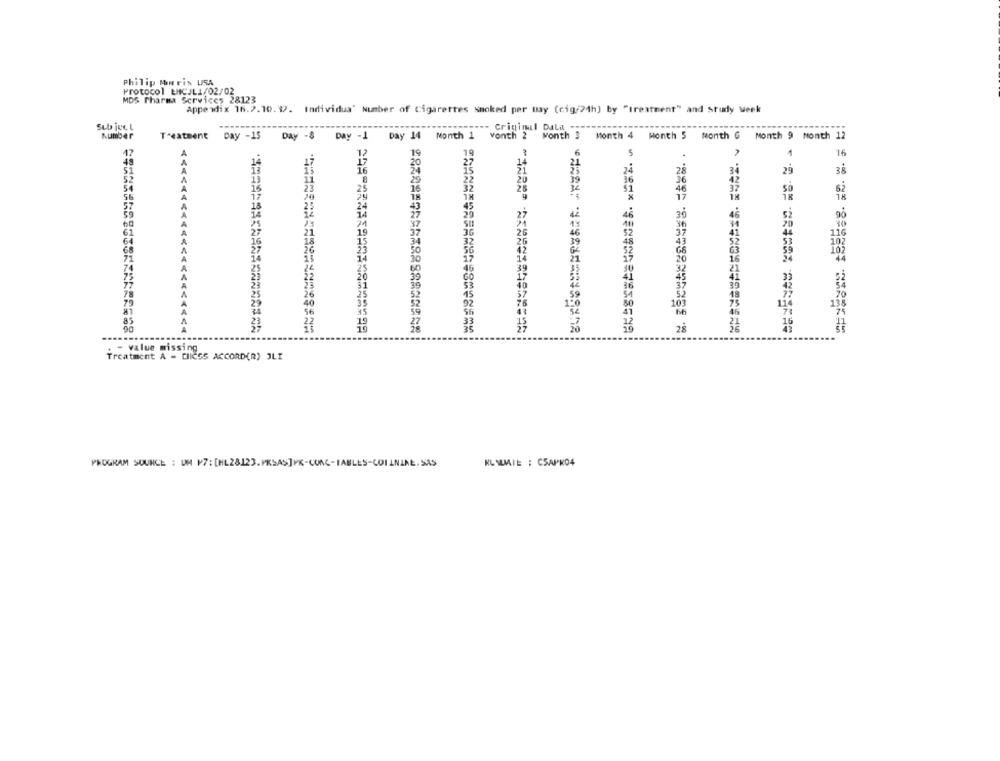
Philip Morris USA
Protocol ENCJLI/02/02
MDS Pharma Services 28123
Appendix 16.2.10. 9. Individua' Number of cigarettes Smoked per may (cig/24h) by "treatment" and study week
Sub ject
---- Criminal Dala .....
Number
Treatment Day -15 Day -8 Day -1 Day 14 Month 1 vonth 2 Month 3 Month 4 Month 5 Month G Month 9 Month 12
47
19
19
5
1
16
48
12
51
16
24
34
29
38
52
23
16
28
37
56
9
18
57
24
27
52
90
20
61
44
64
78
28
* ***********=== 42812
Treatment A - CIICSS ACCORD(R) JLI
- value missing
PROGRAM SOURCE : UM P7: [HL28123. VKSAS]PR-CONC-IABLES-COILNINE. SAS
KL WIE : CSAPKO4